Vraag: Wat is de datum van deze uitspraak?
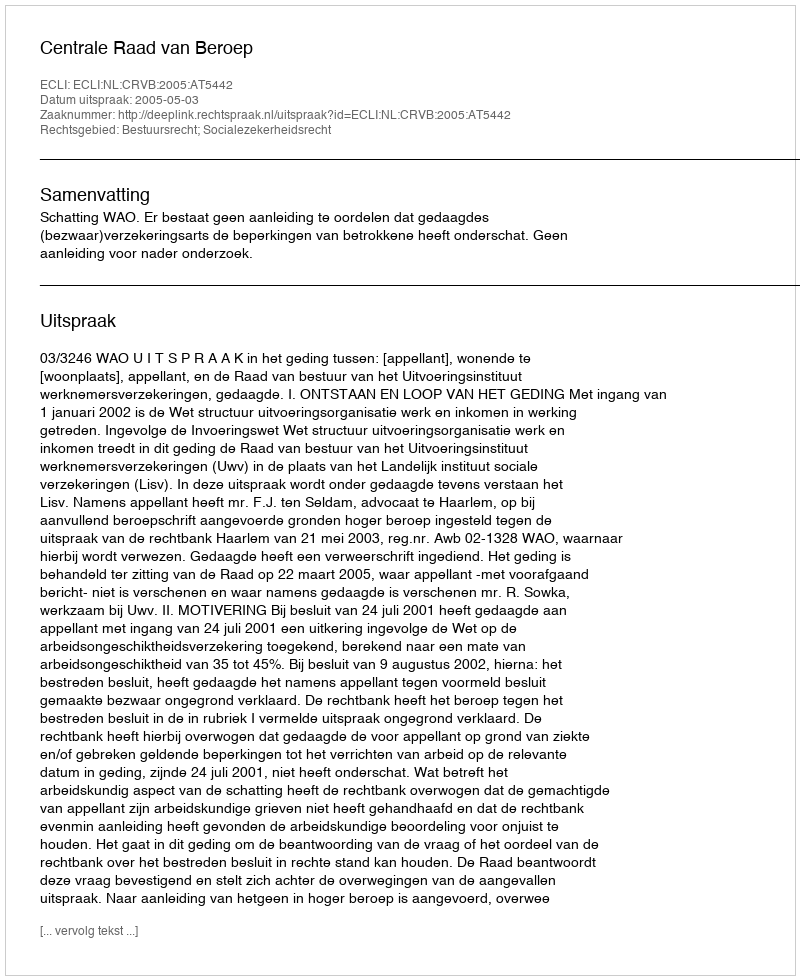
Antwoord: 2005-05-03